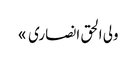
ولی الحق انصاری »